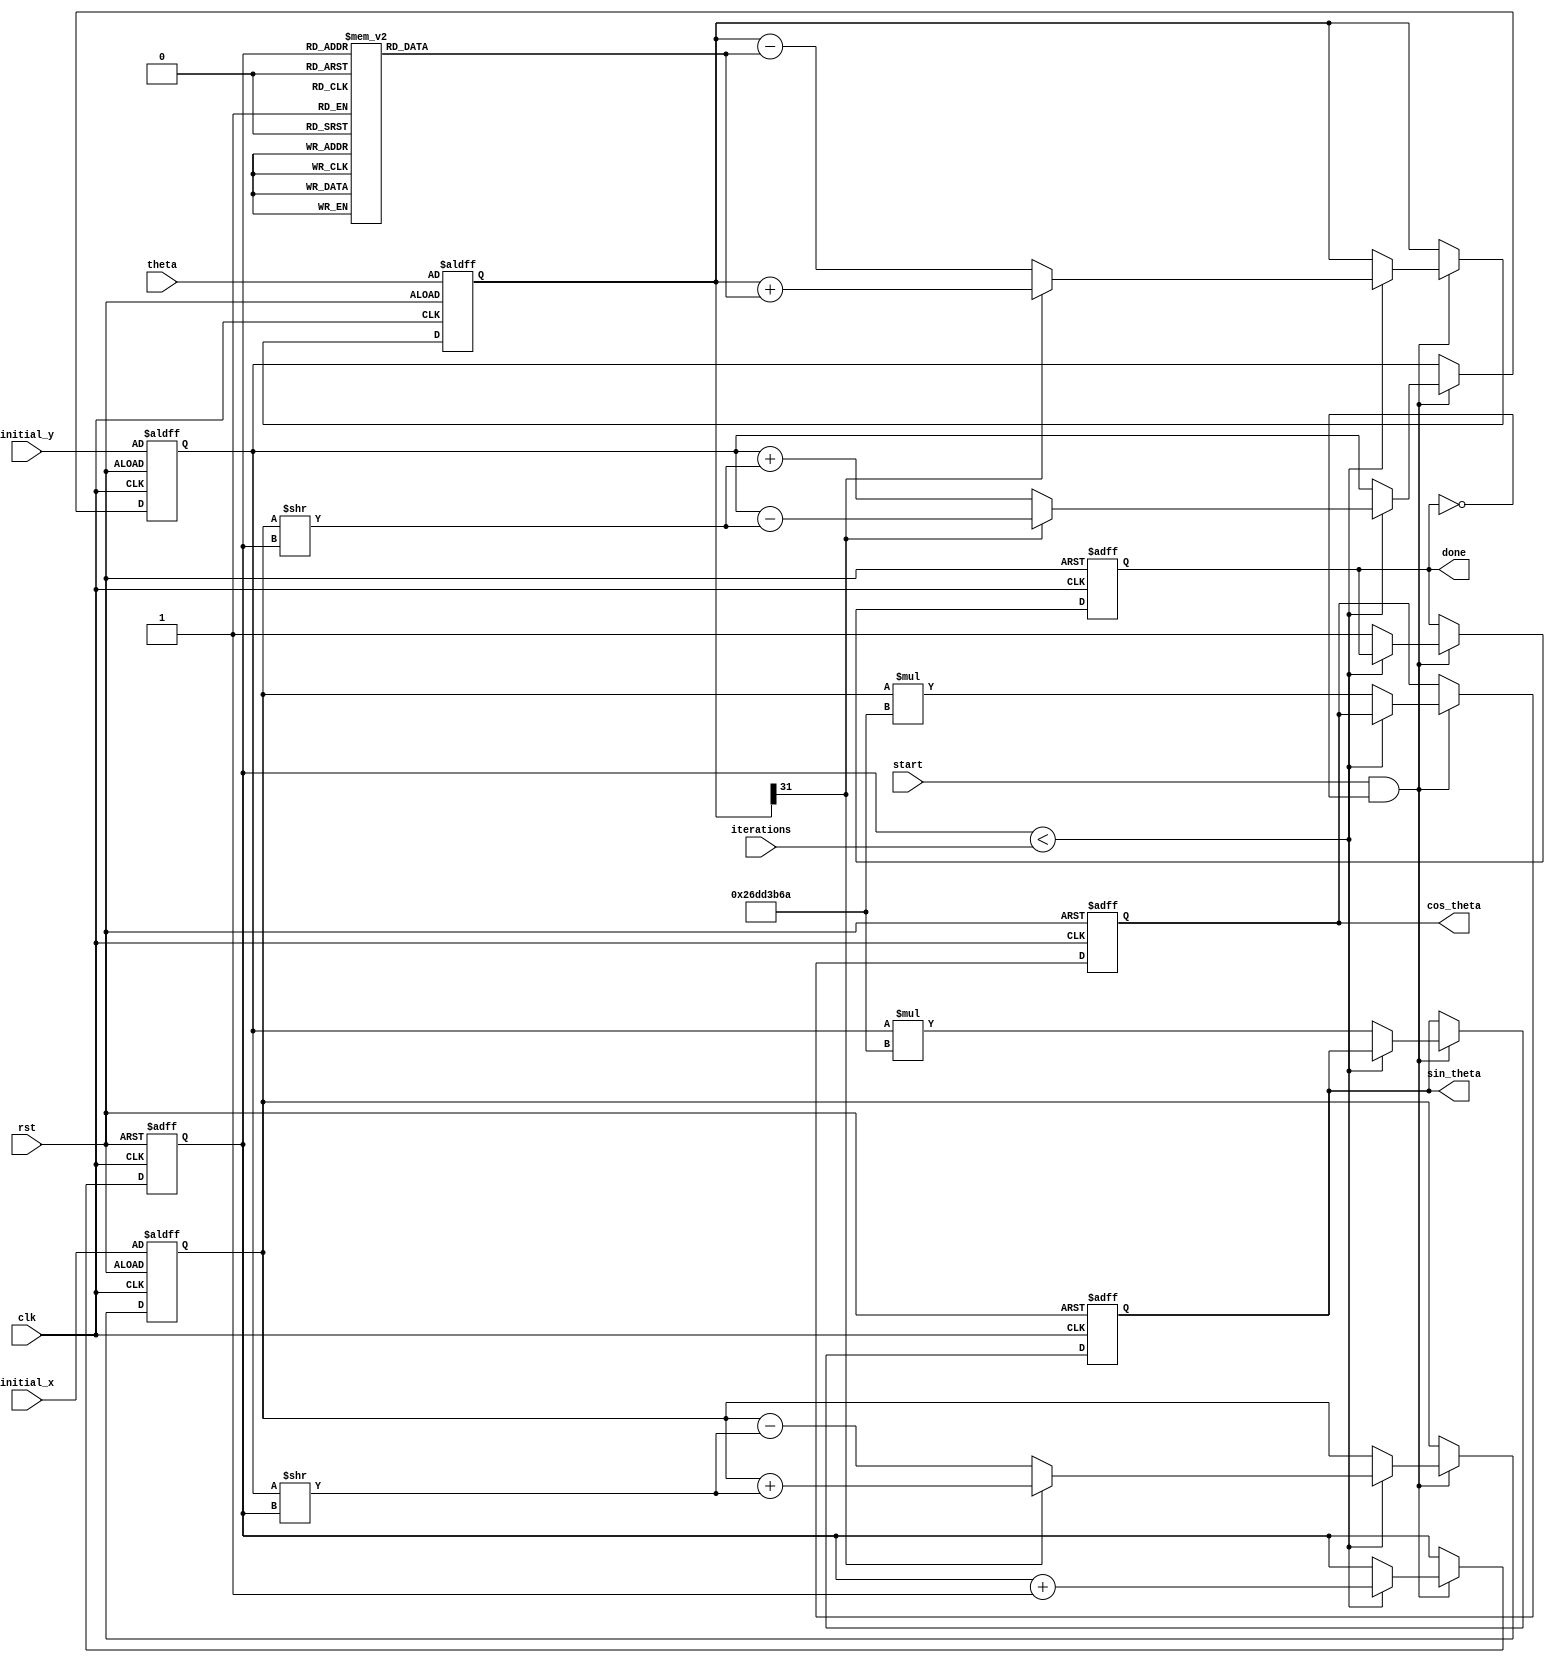
module cordic (
    input wire clk,
    input wire rst,
    input wire start,
    input wire [31:0] theta,      // Input angle in radians (fixed point representation)
    input wire [31:0] initial_x,  // Initial x-coordinate
    input wire [31:0] initial_y,  // Initial y-coordinate
    input wire [4:0] iterations,   // Number of iterations (max 32)
    output reg [31:0] cos_theta,   // Output cosine value
    output reg [31:0] sin_theta,   // Output sine value
    output reg done                // Indicates completion of computation
);

// Constants
parameter NUM_ITERATIONS = 32;

// Internal registers
reg [31:0] x, y, z;
reg [4:0] iter_count;
reg [31:0] z_lookup [0:NUM_ITERATIONS-1];  // Lookup table for arctangent values
reg [31:0] scale_factor = 32'h26DD3B6A;      // Approximate scaling factor = 0.6072529350088812561694 in fixed-point
reg iteration_done;

// Initialize the arctangent lookup table
initial begin
    // Populate with appropriate values of arctan(2^-i)
    z_lookup[0] = 32'h20000000; // atan(1) = /4
    z_lookup[1] = 32'h19000000; // atan(0.5)
    z_lookup[2] = 32'h14500000; // atan(0.25)
    z_lookup[3] = 32'h0A900000; // atan(0.125)
    z_lookup[4] = 32'h05220000; // atan(0.0625)
    // Add more values as necessary for higher precision...
    // Following values can be computed for arctan(2^-i) i=5 to 31
end

// State machine for control
always @(posedge clk or posedge rst) begin
    if (rst) begin
        x <= initial_x;
        y <= initial_y;
        z <= theta;
        iter_count <= 0;
        done <= 0;
        cos_theta <= 0;
        sin_theta <= 0;
    end else if (start && !done) begin
        if (iter_count < iterations) begin
            if (z[31] == 1'b0) begin  // If z is positive
                x <= x - (y >> iter_count);
                y <= y + (x >> iter_count);
                z <= z - z_lookup[iter_count];
            end else begin  // If z is negative
                x <= x + (y >> iter_count);
                y <= y - (x >> iter_count);
                z <= z + z_lookup[iter_count];
            end
            
            iter_count <= iter_count + 1;
            iteration_done <= 1;
        end else begin
            // Store results
            cos_theta <= x * scale_factor; // Scale the final x-coordinate
            sin_theta <= y * scale_factor; // Scale the final y-coordinate
            done <= 1;
        end
    end
end

endmodule